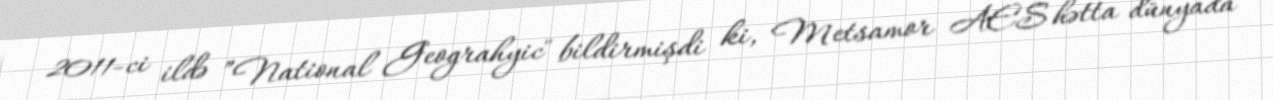
2011-ci ildə ”National Geograhyic" bildirmişdi ki, Metsamor AES hətta dünyada